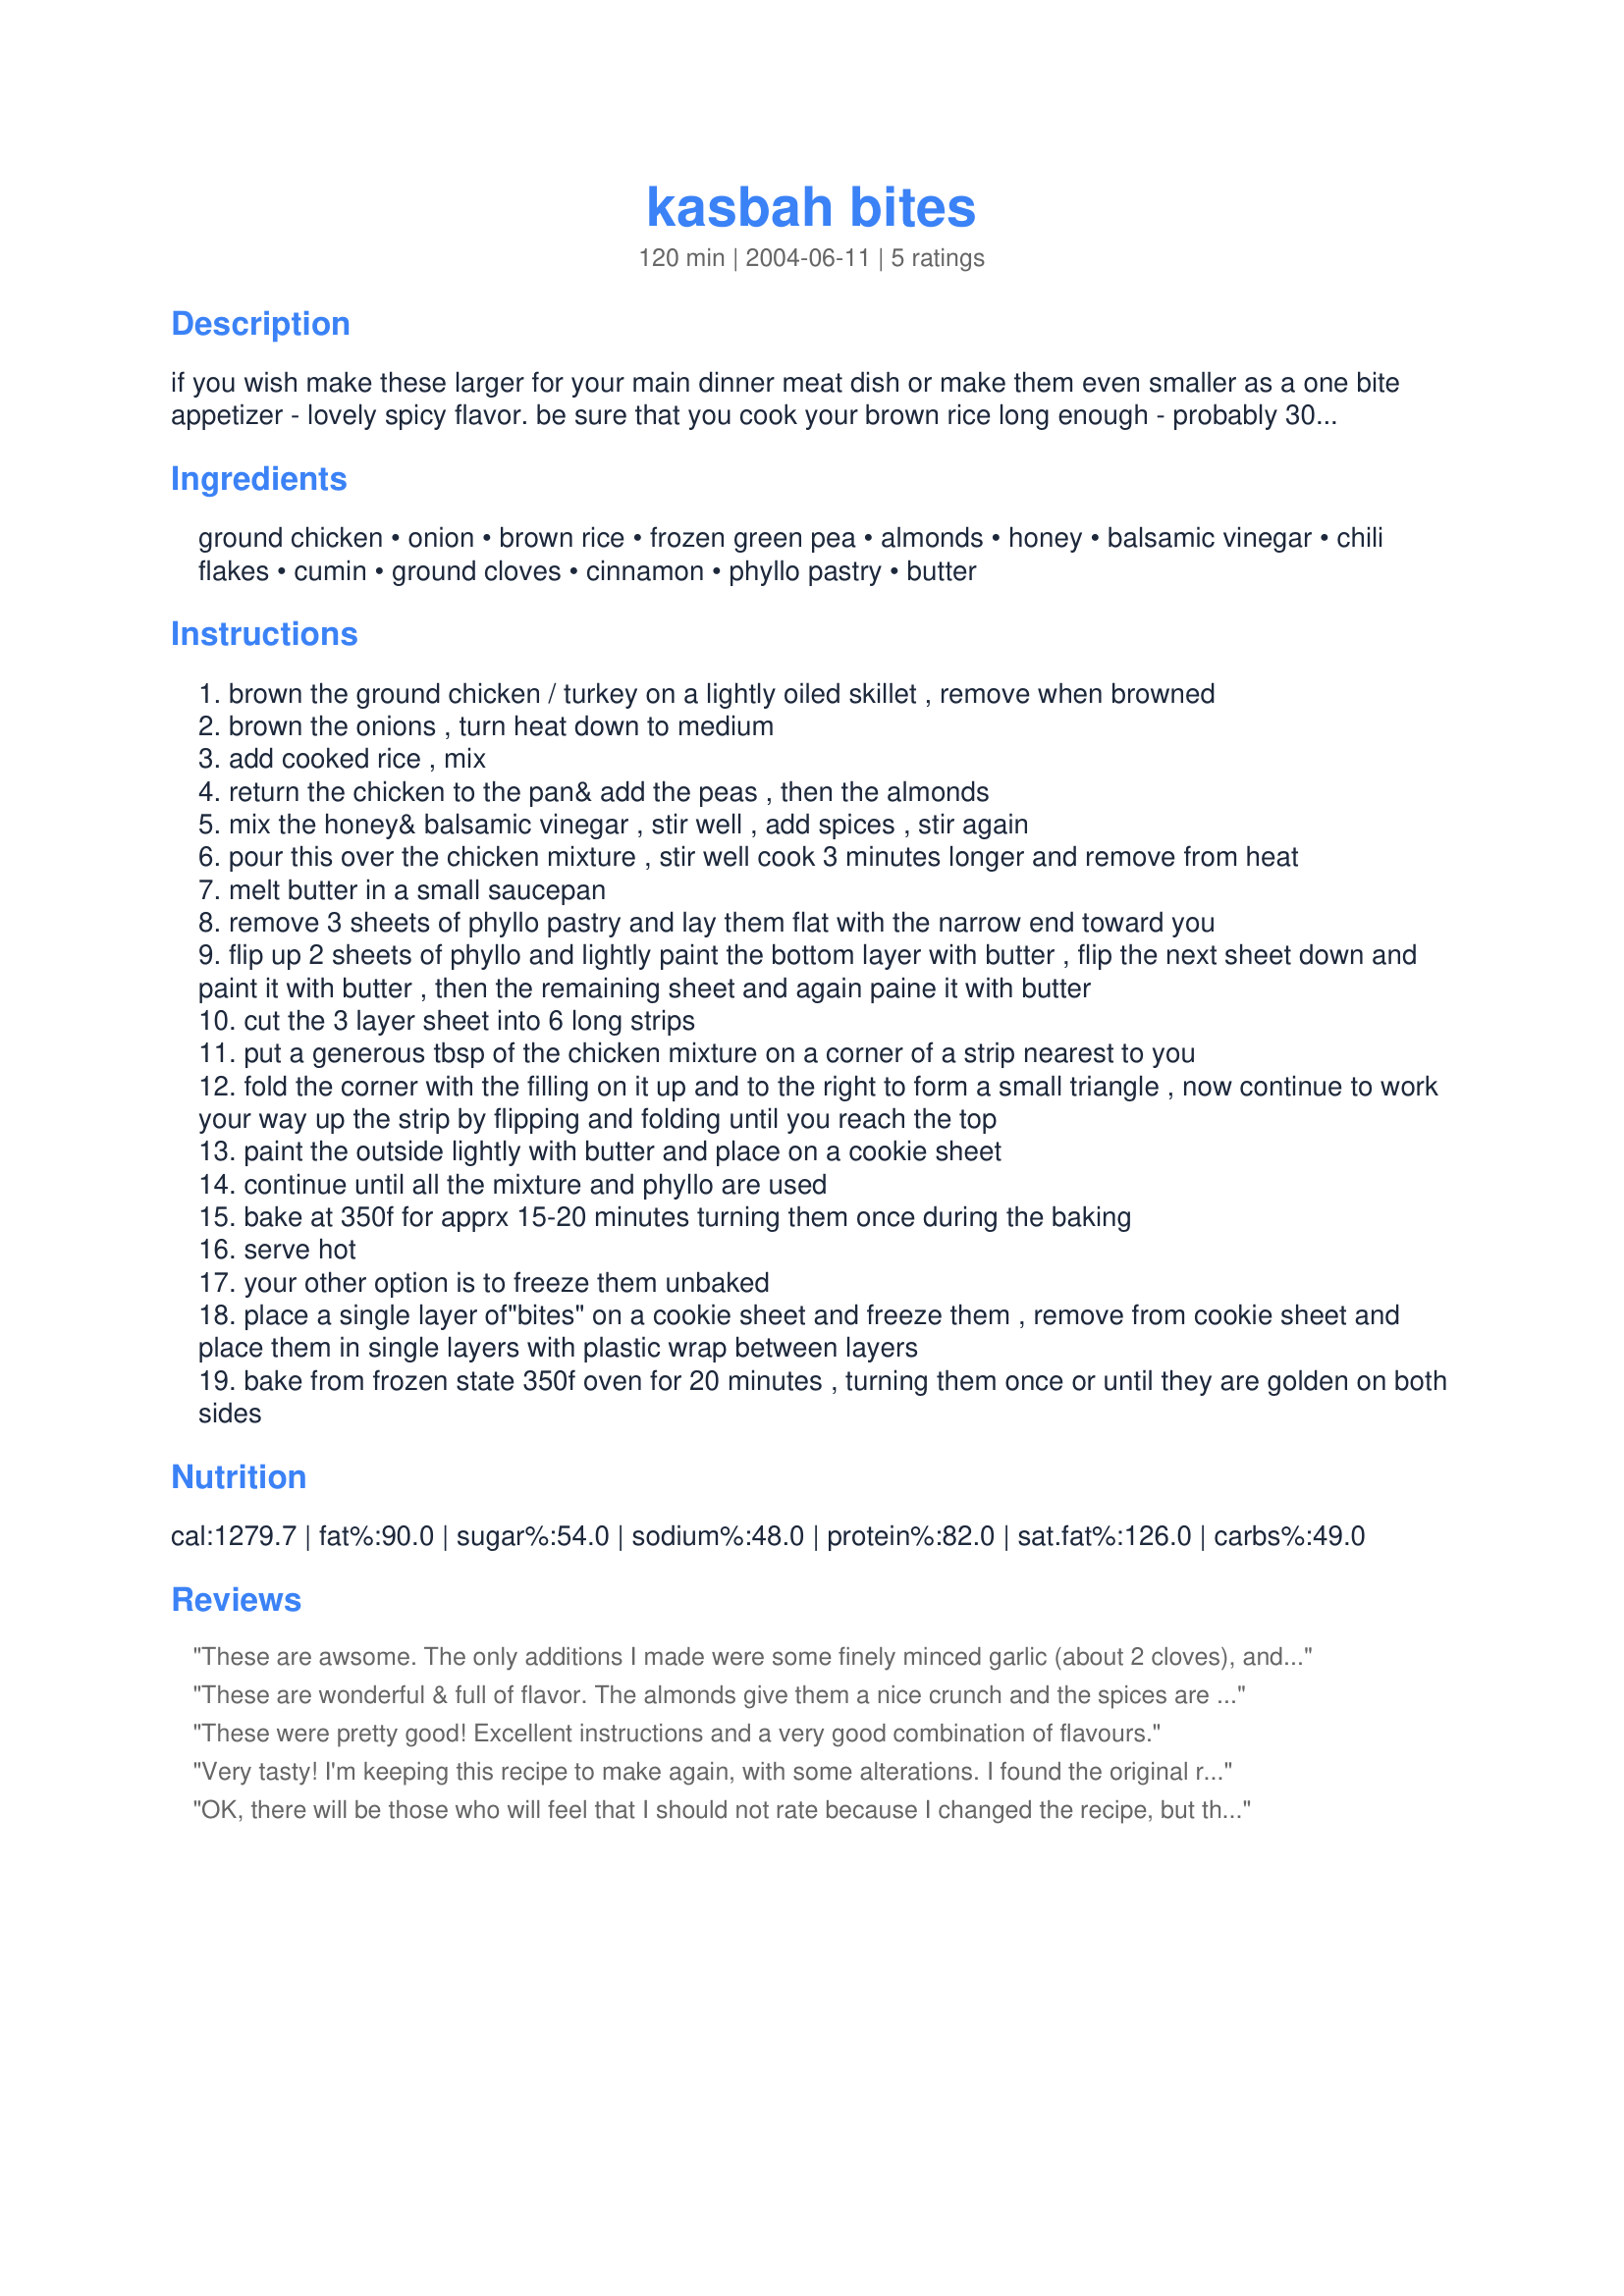
kasbah bites
Preparation time: 120 minutes

if you wish make these larger for your main dinner meat dish or make them even smaller as a one bite appetizer - lovely spicy flavor. be sure that you cook your brown rice long enough - probably 30 minutes. if folding the strips of phyllo is confusing to you look in any greek cook book for

Ingredients:
ground chicken, onion, brown rice, frozen green pea, almonds, honey, balsamic vinegar, chili flakes, cumin, ground cloves, cinnamon, phyllo pastry, butter

Steps:
brown the ground chicken / turkey on a lightly oiled skillet , remove when browned
brown the onions , turn heat down to medium
add cooked rice , mix
return the chicken to the pan& add the peas , then the almonds
mix the honey& balsamic vinegar , stir well , add spices , stir again
pour this over the chicken mixture , stir well cook 3 minutes longer and remove from heat
melt butter in a small saucepan
remove 3 sheets of phyllo pastry and lay them flat with the narrow end toward you
flip up 2 sheets of phyllo and lightly paint the bottom layer with butter , flip the next sheet down and paint it with butter , then the remaining sheet and again paine it with butter
cut the 3 layer sheet into 6 long strips
put a generous tbsp of the chicken mixture on a corner of a strip nearest to you
fold the corner with the filling on it up and to the right to form a small triangle , now continue to work your way up the strip by flipping and folding until you reach the top
paint the outside lightly with butter and place on a cookie sheet
continue until all the mixture and phyllo are used
bake at 350f for apprx 15-20 minutes turning them once during the baking
serve hot
your other option is to freeze them unbaked
place a single layer of"bites" on a cookie sheet and freeze them , remove from cookie sheet and place them in single layers with plastic wrap between layers
bake from frozen state 350f oven for 20 minutes , turning them once or until they are golden on both sides

Reviews:
These are awsome. The only additions I made were some finely minced garlic (about 2 cloves), and some feta cheese. Fantastic recipy..beautiful and delicious.
These are wonderful & full of flavor. The almonds give them a nice crunch and the spices are well balanced. I made larger triangles and ended up with 8 servings. I will make these again.
These were pretty good! Excellent instructions and a very good combination of flavours.
Very tasty! I'm keeping this recipe to make again, with some alterations. I found the original recipe to be a bit too bland for my liking, so I doubled the honey and cinnamon and added about 1/8 tsp. more each of the cumin and cloves. The next time I make these, I'll add about 1/4 cup raisins. BTW, my 3 year old declared these "too spicy" even though I used a bit less of the called amount of red pepper flakes. If serving this to those with sensitive palates, I'd recommend using 1/4 tsp. or less of the red pepper flakes.
OK, there will be those who will feel that I should not rate because I changed the recipe, but the fact is, my family loved these, and I'm sure they would be equally (or more so) tasty following the original recipe.
For the vegetarians in my tribe, I substituted a package of Yves Veggie Ground Chicken, and used cooked quinoa instead of brown rice to increase the protein. I made larger portions for main course servings using an icecream scoop to divide the mixture, getting 11 phyllo packages (I used an envelope fold). I baked at 375F until they were golden brown...and delicious.
Many thanks for submitting this special recipe.
